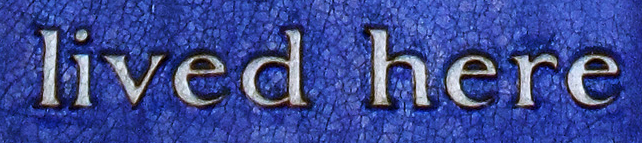
lived here